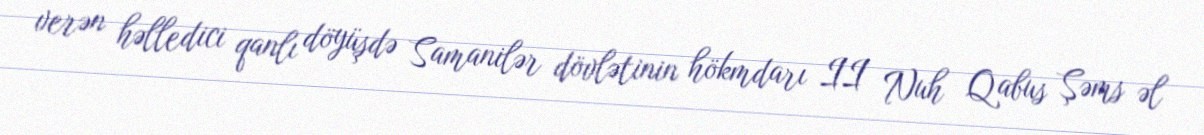
verən həlledici qanlı döyüşdə Samanilər dövlətinin hökmdarı II Nuh Qabus Şəms əl